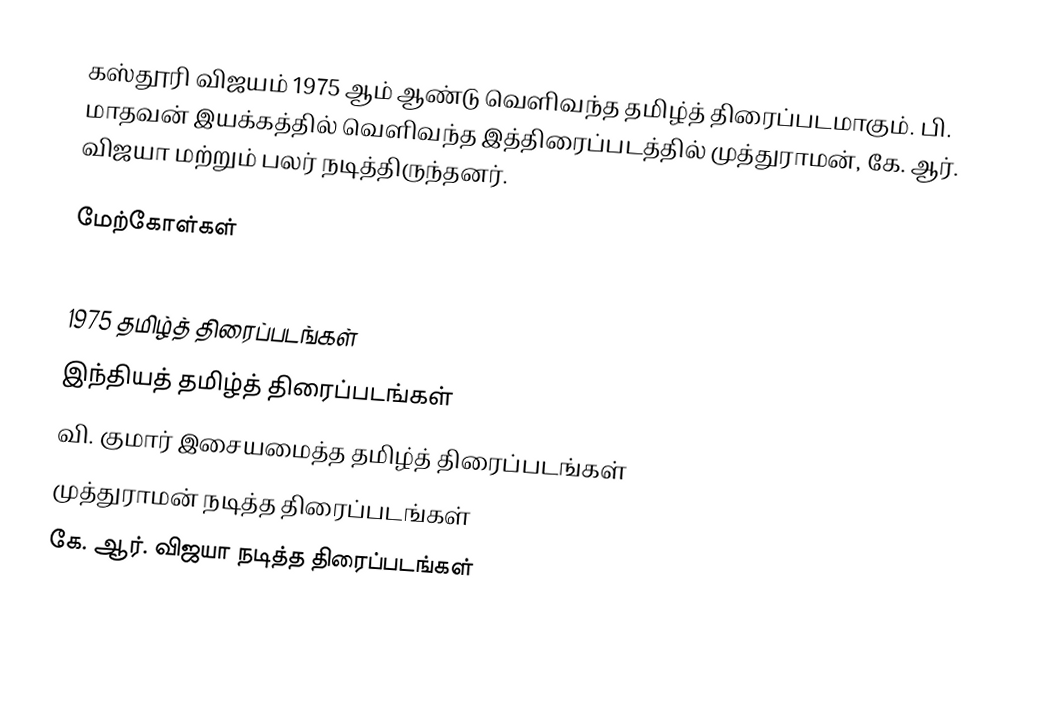
கஸ்தூரி விஜயம் 1975 ஆம் ஆண்டு வெளிவந்த தமிழ்த் திரைப்படமாகும். பி. மாதவன் இயக்கத்தில் வெளிவந்த இத்திரைப்படத்தில் முத்துராமன், கே. ஆர். விஜயா மற்றும் பலர் நடித்திருந்தனர்.

மேற்கோள்கள்

1975 தமிழ்த் திரைப்படங்கள்
இந்தியத் தமிழ்த் திரைப்படங்கள்
வி. குமார் இசையமைத்த தமிழ்த் திரைப்படங்கள்
முத்துராமன் நடித்த திரைப்படங்கள்
கே. ஆர். விஜயா நடித்த திரைப்படங்கள்